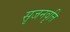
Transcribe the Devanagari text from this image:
सृजनवृत्ति